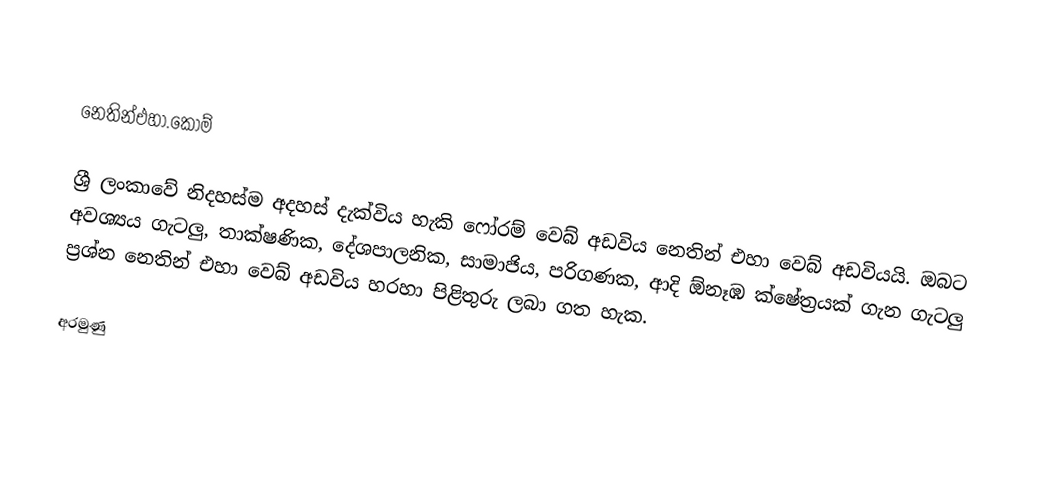

නෙතින්එහා.කොම්

ශ්‍රී ලංකාවේ නිදහස්ම අදහස් දැක්විය හැකි ෆෝරම් වෙබ් අඩවිය නෙතින් එහා වෙබ් අඩවියයි. ඔබට අවශ්‍යය ගැටලු, තාක්ෂණික, දේශපාලනික, සාමාජිය, පරිගණක, ආදි ඕනෑඹ ක්ෂේත්‍රයක් ගැන ගැටලු ප්‍රශ්න නෙතින් එහා වෙබ් අඩවිය හරහා පිළිතුරු ලබා ගත හැක.

අරමුණු